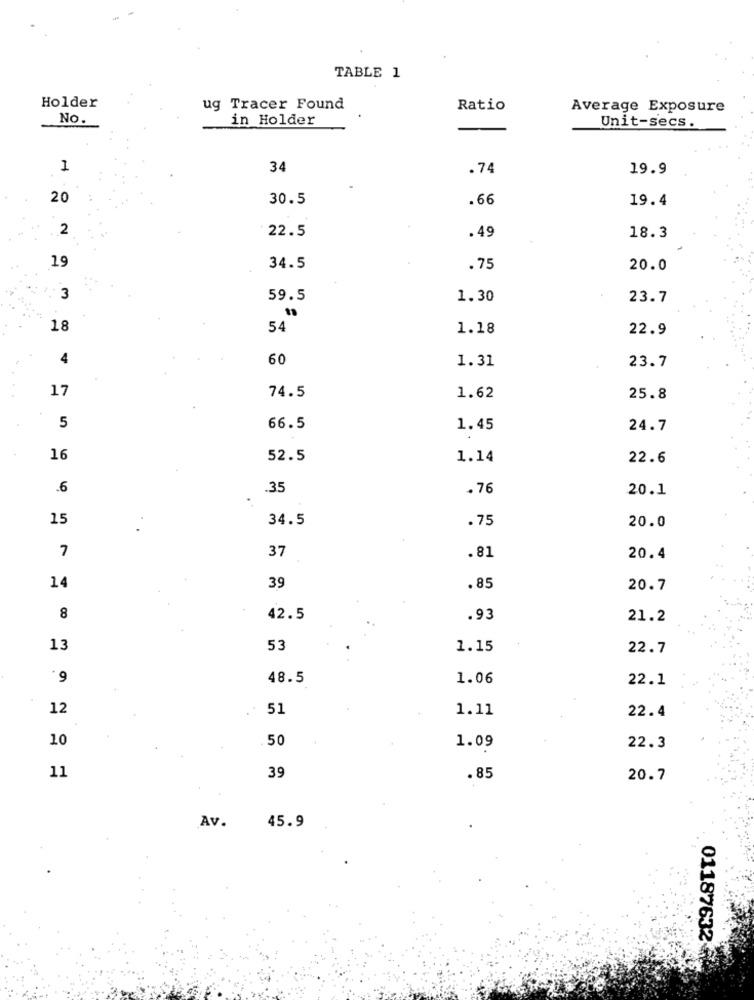
TABLE 1
Holder
ug Tracer Found
Ratio
Average Exposure
No.
in_Holder
Unit-secs.
1
34
.74
19.9
20
30.5
.66
19.4
22.5
.49
18.3
19
34.5
.75
20.0
3
59.5
1.30
23.7
18
54
1.18
22.9
60
1.31
23.7
17
74.5
1.62
25.8
5
66.5
1.45
24.7
16
52.5
1.14
22.6
.6
.35
.76
20.1
15
34.5
.75
20.0
7
37
.81
20.4
14
39
. 85
20.7
8
42.5
.93
21.2
13
53
1.15
22.7
6.
48.5
1.06
22.1
12
51
1.11
22.4
10
50
1.09
22.3
11
39
.85
20.7
Av.
45.9
01187632